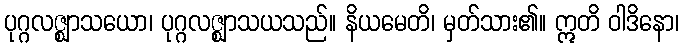
ပုဂ္ဂလဇ္ဈာသယော၊ ပုဂ္ဂလဇ္ဈာသယသည်။ နိယမေတိ၊ မှတ်သား၏။ ဣတိ ဝါဒိနော၊